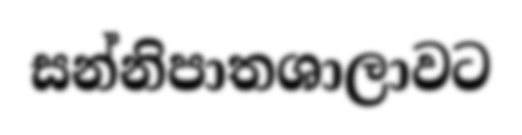
සන්නිපාතශාලාවට